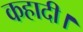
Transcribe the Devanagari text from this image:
कहादी।